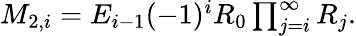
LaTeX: \begin{array}{r}{M_{2,i}=E_{i-1}(-1)^{i}R_{0}\prod_{j=i}^{\infty}R_{j}.}\end{array}